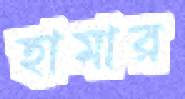
হামার